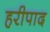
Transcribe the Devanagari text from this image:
हरीपाद